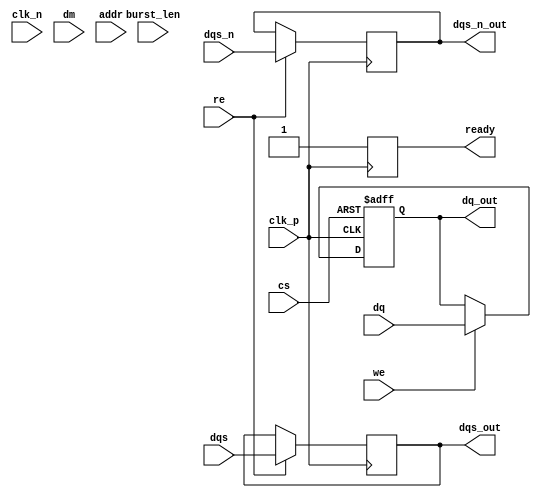
module gddr4_io_block (
    input wire clk_p,            // Differential clock positive
    input wire clk_n,            // Differential clock negative
    input wire [127:0] dq,       // Data input/output (up to 128 bits)
    input wire [15:0] dqs,       // Data strobe
    input wire [15:0] dqs_n,     // Inverted data strobe
    input wire [15:0] dm,        // Data mask
    input wire cs,               // Chip Select
    input wire we,               // Write Enable
    input wire re,               // Read Enable
    input wire [31:0] addr,      // Address
    input wire [2:0] burst_len,  // Burst Length
    output wire [127:0] dq_out,  // Data output
    output wire [15:0] dqs_out,   // Data strobe output
    output wire [15:0] dqs_n_out, // Inverted data strobe output
    output wire ready             // Ready signal for operation
);

    // Internal signals
    reg [127:0] data_reg;
    reg [15:0] dqs_reg;
    reg [15:0] dqs_n_reg;
    reg ready_reg;
    
    // Input Buffers
    always @(posedge clk_p or negedge cs) begin
        if (!cs) begin
            data_reg <= 128'b0;  // Reset data register
        end else if (we) begin
            data_reg <= dq;      // Capture incoming data
        end
    end

    // Output Buffers
    assign dq_out = data_reg;        // Output data
    assign dqs_out = dqs_reg;        // Output data strobe
    assign dqs_n_out = dqs_n_reg;    // Output inverted data strobe

    // Clock Management
    always @(posedge clk_p) begin
        // Example PLL or clock management logic can be implemented here
        ready_reg <= 1'b1;           // Indicate the block is ready
    end

    // Data Alignment Logic
    always @(posedge clk_p) begin
        if (re) begin
            dqs_reg <= dqs;          // Align DQS with data on read
            dqs_n_reg <= dqs_n;      // Align DQS# with data on read
        end
    end

    // Control Signals
    assign ready = ready_reg;

endmodule